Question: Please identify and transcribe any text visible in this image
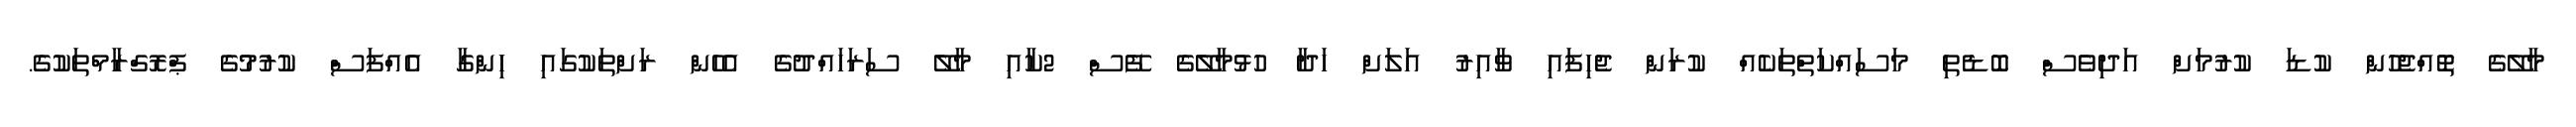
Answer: މާލޭގެ ތޮއްޖެހުން ކުޑަ ކުރުމަށް އަދިވެސް ބޮޑެތި މަސައްކަތްތަކެއް ކުރަން ޖެހިފައި ވާއިރު އަލަށް ހަދާ ހުޅުމާލޭގެ ފޭސް 2ކާއި މާލޭ ސަރަހައްދުގެ އެހެން ރަށްތަކުގައި ހިންގާ އެއްފަސް ކުރުމުގެ ޕްރޮގްރާމްތަކުގެ.